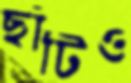
ছাঁটিও